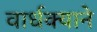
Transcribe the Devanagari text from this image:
वार्धक्याने